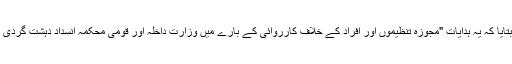
ایس بی پی کے ترجمان عابد قمر نے پاکستان فارورڈ کو بتایا کہ یہ ہدایات "مجوزہ تنظیموں اور افراد کے خلاف کارروائی کے بارے میں وزارتِ داخلہ اور قومی محکمۂ انسدادِ دہشت گردی (نیکٹا) کی جانب سے ہدایات" کی تعمیل میں دی گئی ہیں۔